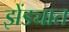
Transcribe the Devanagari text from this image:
झेंड्यात